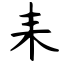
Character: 耒